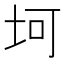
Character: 坷